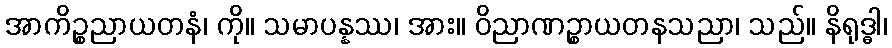
အာကိဉ္စညာယတနံ၊ ကို။ သမာပန္နဿ၊ အား။ ဝိညာဏဉ္စာယတနသညာ၊ သည်။ နိရုဒ္ဓါ၊